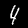
Label: 4